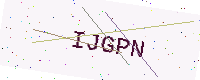
Text: IJGPN